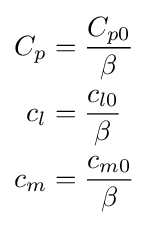
{\begin{aligned}C_{p}&={\frac {C_{p0}}{\beta }}\\c_{l}&={\frac {c_{l0}}{\beta }}\\c_{m}&={\frac {c_{m0}}{\beta }}\end{aligned}}